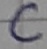
Text: C